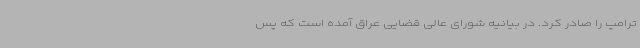
ترامپ را صادر کرد. در بیانیه شورای عالی قضایی عراق آمده است که پس